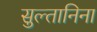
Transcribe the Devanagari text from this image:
सुल्तानिना